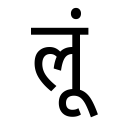
OCR:
लूं